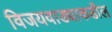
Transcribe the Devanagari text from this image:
विजयवाड्याकडील